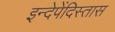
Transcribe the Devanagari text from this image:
इन्देपेंदिस्तास